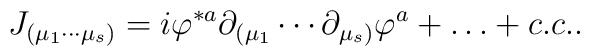
J_{(\mu_1 \cdots     \mu_s)}=      i\varphi^{*a}\partial_{(\mu_1} \cdots      \partial_{\mu_s)} \varphi^a + \ldots + c.c. .